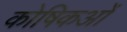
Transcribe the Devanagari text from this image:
कोषिकओं